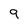
Character: 9